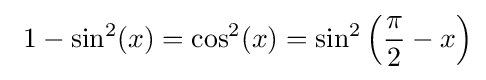
\ 1-\sin ^{2}(x)=\cos ^{2}(x)=\sin ^{2}\left({\frac {\pi }{2}}-x\right)